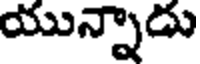
యున్నాడు